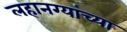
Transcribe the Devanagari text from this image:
लहानग्यांच्या